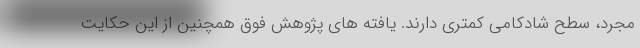
مجرد، سطح شادکامی کمتری دارند. یافته های پژوهش فوق همچنین از این حکایت